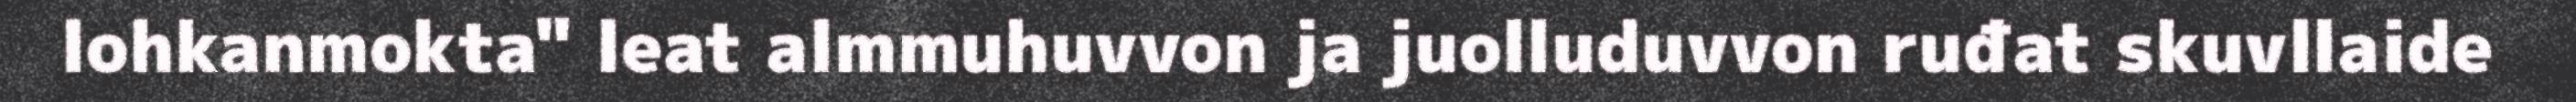
lohkanmokta" leat almmuhuvvon ja juolluduvvon ruđat skuvllaide